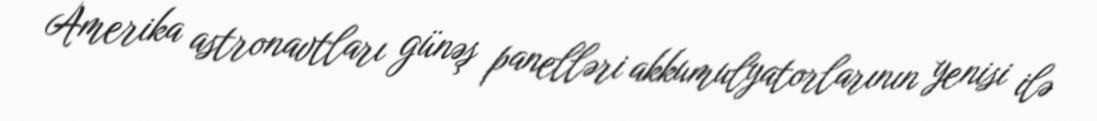
Amerika astronavtları günəş panelləri akkumulyatorlarının yenisi ilə